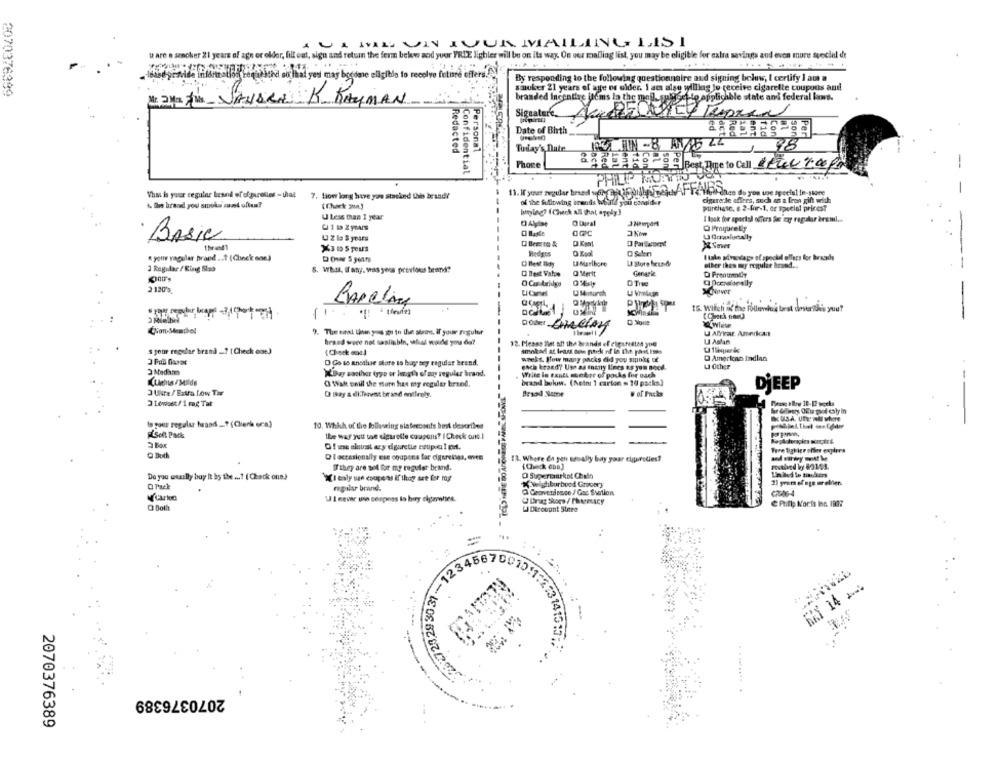
US WIE ON IVUR MAILING LIST
u are e smoker 21 years of age or older, fill eat, sign and return the ferm bekw and yuor FRIE lighler will be on its way. On our mailing list, you may be eligible for extra savings and even more special de
informatlod'Lengththe ou Ihal yesi may become eligible to recelvo future offers AN"
By responding to the following questionnaire and signing bels, I certify I am a
2070376399
sinuker 21 years of age or older. I ac also willing to receive cigarette coupons and
branded Incentive
Set to applicable state and federal lors.
May the JANSR K RAYMAN
branded incentive items in the mall. pple 2-1-ig
Signature
Date of Birth
Today's Date
1RE TIN -8 ANS ZZ
98
Redacted
Personal
Phore
aFor Best Time to Call C46 9.00
--
:Confidential
PHILIP MO:715 084
What is your regular brand of olgurollos -tal 7. tiow long have you stacked this brandy
cigarerde affres, such as a fron gift weich
painen do yon une speciel in-store
-
of the following arends whatif you consider
biglng? ( Check All that apply]
purchase, e 2-for-1, or special pricest
U Less than 1 year
I look for special offers Se my regular årsml ...
-
4 Z la S years
C Baste
Basic
O flen
« your yagular brand ..? (Check one)
Hedges
I take gnacvagy el special offers for braads
O flest any
U Maribore
other thes muy regular brand ...
1 Regular / King Stes
8. What, if any, was yess previous brand?
O Best Value
Q Merit
Genarie
3 120's.
DIne
XCNiover
U Mitorth
PAPRLARA
16. Willich of the Pllinha best doverithis you?
-- -
Dober CHEFAN
D Noue
Cion-Menthol
U AlYrkar American
hrand were not saalinbin, what would you do?
12. Please That aft the brands of cigarettes you
U Astan
smakad at least town park of in the past tos
's your regular brand ..? ( Check coe)
1Check soe)
wwelt. How many packs did you smoke of
O American Indian
D Go to ansthe store ts buy ary regular brand.
each brand? Use as many Lines as you Bock.
LI Other
WDay saother type or length of my regular brand.
Walne lo cants quebre of pocks for ouch
(tights / Milde
O Walt smil the more has my regular brand.
brand bulun. (Netos 1 carton = 10 packs)
DiEEP
3 Ure/ Extra Low Tar
Ca Bay & di.Theent brand entirely.
# of Fuchs
3 Lowest/ 1 mag Tat
Is pour regular hraad _. " (Clerk era)
10. Which of the following slateenents best describes
Soft Pack
the way jutt toe cigarette coupolis? (Check outs.]
Of me skunst ary dguretis estipe ! pr.
Tere tighier onder explora
Q Both
O loccasionally ese onapena far digereisas, oves
12. Where da gen umsally bay your cigurodies?
ITthey are sol for my regular beand.
Do you wearlly buy it by the ...? ( Chack one)
WI esly use coupons if that are for mag
O Supermarket Chain
regalar brand.
K Neighborbood Grocery
@ Convenience / Gas Station
Drag Store / Pharmacy
@ Pinlp Korts Inc. 1987
Q Bolit
U Dircount Stree
20 47 23 29 30 31 -- 123
MAY 14 Anos
141517
2070376389
..
2070376389